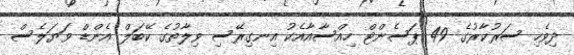
ދިވެހި ސަރުކާރުގެ 49 ޕަސެންޓް ހިއްސާއާއެކު އިނގިރޭސި ވިލާތުގެ ކޭބަލް އެންޑް ވަޔަލެސް